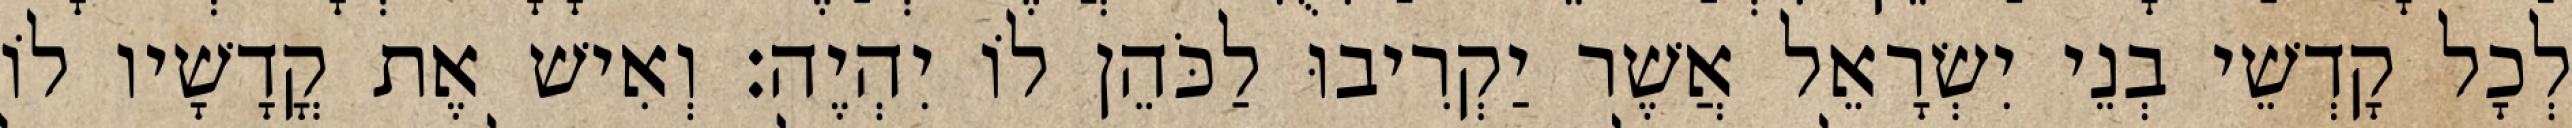
לְכָל קָדְשֵׁי בְנֵי יִשְׂרָאֵל אֲשֶׁר יַקְרִיבוּ לַכֹּהֵן לוֹ יִהְיֶה׃ וְאִישׁ אֶת קֳדָשָׁיו לוֹ